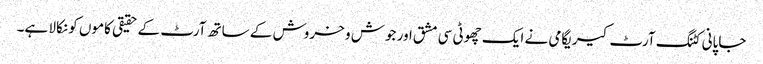
جاپانی کٹنگ آرٹ کیریگامی نے ایک چھوٹی سی مشق اور جوش و خروش کے ساتھ آرٹ کے حقیقی کاموں کو نکالا ہے۔